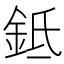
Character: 𬫌